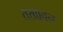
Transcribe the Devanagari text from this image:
तखावन